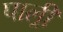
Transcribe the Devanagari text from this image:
पाल्र्री